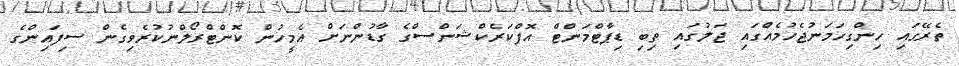
ތެރޭގައި ހިންގިހަމަނުޖެހުމެއްގައި ޖަލުގައި ތިިބި ޑިޕާޓްމަންޓް އޮފްކަރެކްޝަންސްގެ ގާޑުންނަށް އެމީހުން ކޮންޓްރޯލްނުކުރެވިގެން ސިފައިންގެ